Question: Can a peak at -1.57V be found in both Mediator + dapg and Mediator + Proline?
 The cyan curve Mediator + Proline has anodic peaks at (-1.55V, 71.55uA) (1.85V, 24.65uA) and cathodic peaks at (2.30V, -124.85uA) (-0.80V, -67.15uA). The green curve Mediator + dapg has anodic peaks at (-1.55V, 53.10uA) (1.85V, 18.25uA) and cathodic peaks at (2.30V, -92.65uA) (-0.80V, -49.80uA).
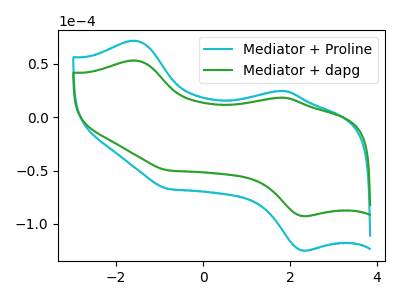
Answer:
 <answer>Yes, "Mediator + dapg" and "Mediator + Proline" share a peak at -1.57V.</answer>
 <eval>match</eval>